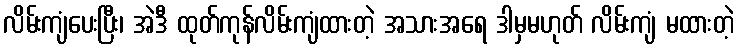
လိမ်းကျံပေးပြီး၊ အဲဒီ ထုတ်ကုန်လိမ်းကျံထားတဲ့ အသားအရေ ဒါမှမဟုတ် လိမ်းကျံ မထားတဲ့